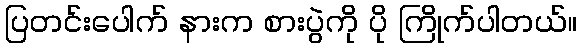
ပြတင်းပေါက် နားက စားပွဲကို ပို ကြိုက်ပါတယ်။